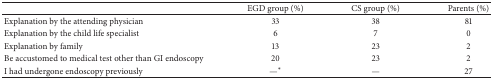
|  | EGD group (%) | CS group (%) | Parents (%) |
 | --- | --- | --- | --- |
 | Explanation by the attending physician | 33 | 38 | 81 |
 | Explanation by the child life specialist | 6 | 7 | 0 |
 | Explanation by family | 13 | 23 | 2 |
 | Be accustomed to medical test other than GI endoscopy | 20 | 23 | 2 |
 | I had undergone endoscopy previously | —∗ | — | 27 |